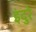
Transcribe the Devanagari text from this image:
इंदुरे